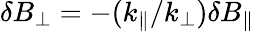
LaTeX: \delta B_{\perp}=-(k_{\parallel}/k_{\perp})\delta B_{\parallel}